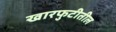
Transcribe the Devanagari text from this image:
खारफुटीतील